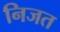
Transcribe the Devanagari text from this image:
निजत